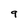
Character: 9